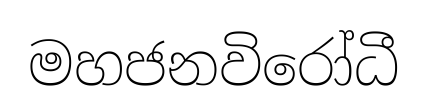
මහජනවිරෝධී